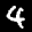
Label: 4